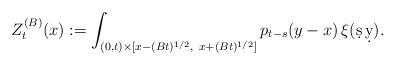
LaTeX: \begin{align*}Z^{(B)}_t(x) := \int_{(0,t)\times[x-(Bt)^{1/2},\ x+(Bt)^{1/2}]} p_{t-s}(y-x)\,\xi(\d s\,\d y).\end{align*}